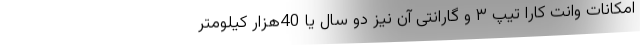
امکانات وانت کارا تیپ ۳ و گارانتی آن نیز دو سال یا 40هزار کیلومتر